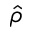
\widehat { \rho }